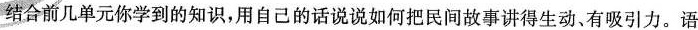
结合前几单元你学到的知识，用自己的话说说如何把民间故事讲得生动、有吸引力。语